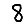
Digit: 8